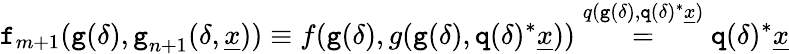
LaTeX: \textnormal{\texttt{f}}_{m+1}(\textnormal{\texttt{g}}(\delta),\textnormal{\texttt{g}}_{n+1}(\delta,\underline{{x}}))\equiv f(\textnormal{\texttt{g}}(\delta),g(\textnormal{\texttt{g}}(\delta),\textnormal{\texttt{q}}(\delta)^{*}\underline{{x}}))\overset{q(\textnormal{\texttt{g}}(\delta),\textnormal{\texttt{q}}(\delta)^{*}\underline{{x}})}{=}\textnormal{\texttt{q}}(\delta)^{*}\underline{{x}}